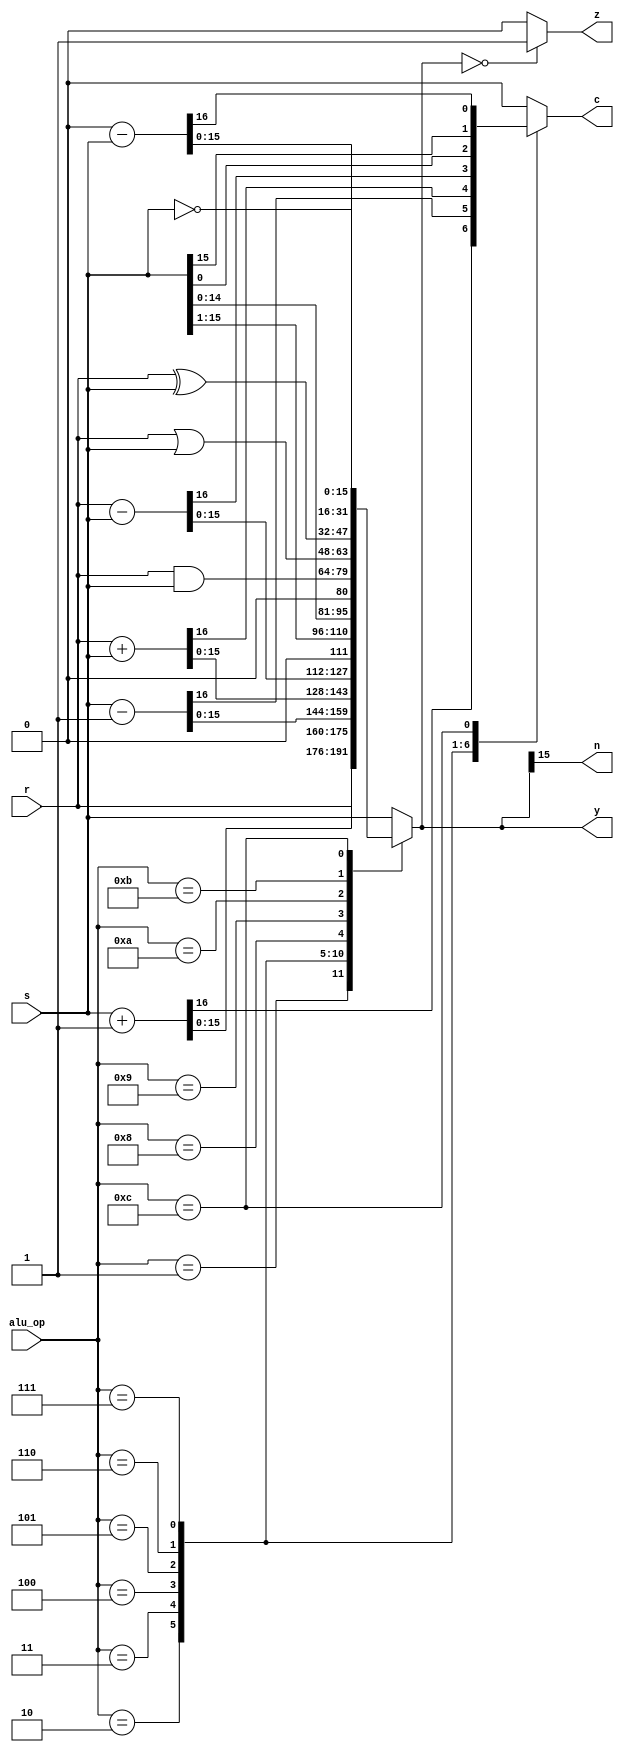
`timescale 1ns / 1ps
//////////////////////////////////////////////////////////////////////////////////
// 
// Module Name: alu
// 
// Description: Arithmetic Logic Unit with 13 possible logical computations on 2 
// 16-bit inputs.  Outputs a single 16-bit output along with negative, zero, and 
// carry flags.
// 
// 
//////////////////////////////////////////////////////////////////////////////////


module alu(r, s, alu_op, y, c, n, z);
    input[15:0] r, s;
    input[3:0] alu_op;
    output [15:0] y;
    output n, z, c;
    
    reg [15:0] y;
    reg n, z, c;
    
    always @(r or s or alu_op)
        begin
        case (alu_op)
            4'b0000: {c, y} = {1'b0, s};        //pass s
            4'b0001: {c, y} = {1'b0, r};        //pass r
            4'b0010: {c, y} = s + 1;            //increment s
            4'b0011: {c, y} = s - 1;            //decrement s
            4'b0100: {c, y} = r + s;            //add
            4'b0101: {c, y} = r - s;            //subtract
            4'b0110: begin                      //right shift s (logic)
                        c = s[0];
                        y = s >> 1;
                     end
            4'b0111: begin                      //left shift s (logic)
                        c = s[15];
                        y = s << 1;
                     end
            4'b1000: {c, y} = {1'b0, r & s};    //logic and
            4'b1001: {c, y} = {1'b0, r | s};    //logic or
            4'b1010: {c, y} = {1'b0, r ^ s};    //logic xor
            4'b1011: {c, y} = {1'b0, ~s};       //logic not s (1's comp)
            4'b1100: {c, y} = 0 - s;            //negate s (2's comp)
            default: {c, y} = {1'b0, s};        //pass s for default
        endcase
        
        //handle last 2 status flags
        n = y[15];
        if (y == 16'b0)     z = 1'b1;
        else                z = 1'b0;
        end
endmodule